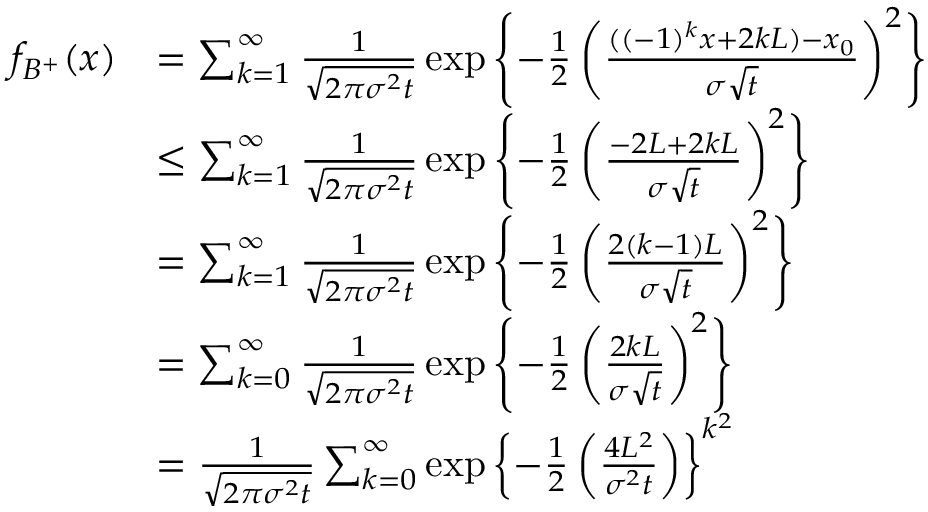
\begin{array} { r l } { f _ { B ^ { + } } ( x ) } & { = \sum _ { k = 1 } ^ { \infty } \frac { 1 } { \sqrt { 2 \pi \sigma ^ { 2 } t } } \exp \left\lbrace - \frac { 1 } { 2 } \left( \frac { ( ( - 1 ) ^ { k } x + 2 k L ) - x _ { 0 } } { \sigma \sqrt { t } } \right) ^ { 2 } \right\rbrace } \\ & { \leq \sum _ { k = 1 } ^ { \infty } \frac { 1 } { \sqrt { 2 \pi \sigma ^ { 2 } t } } \exp \left\lbrace - \frac { 1 } { 2 } \left( \frac { - 2 L + 2 k L } { \sigma \sqrt { t } } \right) ^ { 2 } \right\rbrace } \\ & { = \sum _ { k = 1 } ^ { \infty } \frac { 1 } { \sqrt { 2 \pi \sigma ^ { 2 } t } } \exp \left\lbrace - \frac { 1 } { 2 } \left( \frac { 2 ( k - 1 ) L } { \sigma \sqrt { t } } \right) ^ { 2 } \right\rbrace } \\ & { = \sum _ { k = 0 } ^ { \infty } \frac { 1 } { \sqrt { 2 \pi \sigma ^ { 2 } t } } \exp \left\lbrace - \frac { 1 } { 2 } \left( \frac { 2 k L } { \sigma \sqrt { t } } \right) ^ { 2 } \right\rbrace } \\ & { = \frac { 1 } { \sqrt { 2 \pi \sigma ^ { 2 } t } } \sum _ { k = 0 } ^ { \infty } \exp \left\lbrace - \frac { 1 } { 2 } \left( \frac { 4 L ^ { 2 } } { \sigma ^ { 2 } t } \right) \right\rbrace ^ { k ^ { 2 } } } \end{array}